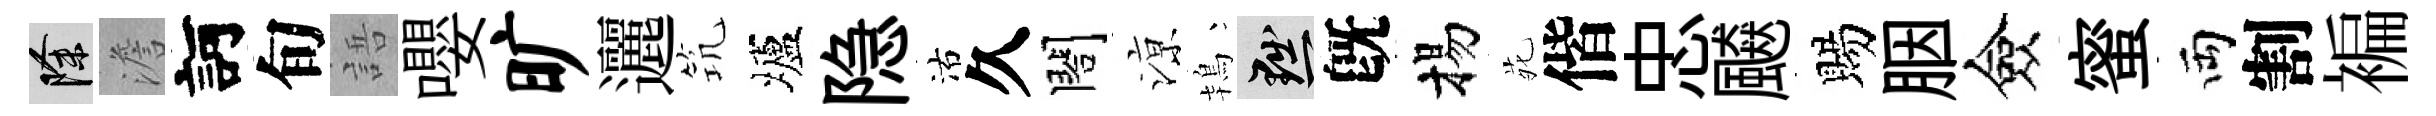
除澹訶旬語嚶旷邐𥬑壚隐沽久閤鿌鴇黜旣揚𫟍偕忠飇賜胭僉蜜両割褊